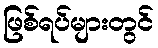
ဖြစ်ရပ်များတွင်